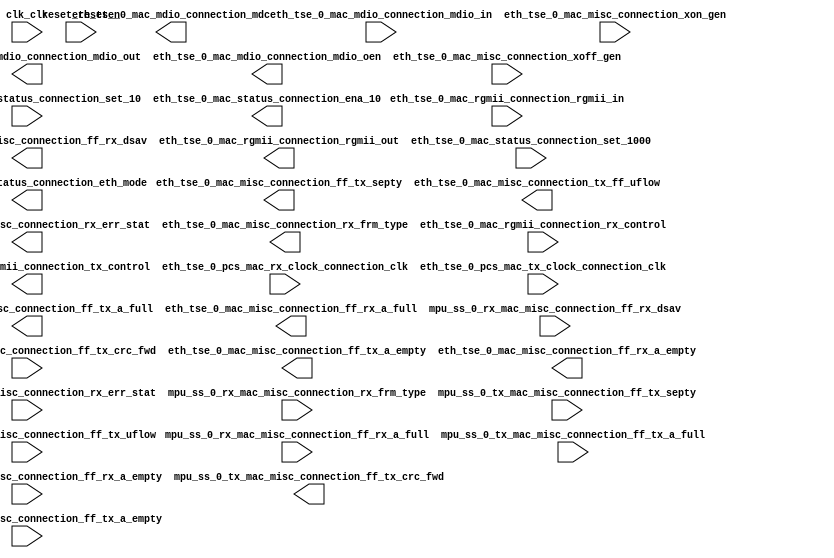
module qsys_top (
	clk_clk,
	eth_tse_0_mac_mdio_connection_mdc,
	eth_tse_0_mac_mdio_connection_mdio_in,
	eth_tse_0_mac_mdio_connection_mdio_out,
	eth_tse_0_mac_mdio_connection_mdio_oen,
	eth_tse_0_mac_misc_connection_xon_gen,
	eth_tse_0_mac_misc_connection_xoff_gen,
	eth_tse_0_mac_misc_connection_ff_tx_crc_fwd,
	eth_tse_0_mac_misc_connection_ff_tx_septy,
	eth_tse_0_mac_misc_connection_tx_ff_uflow,
	eth_tse_0_mac_misc_connection_ff_tx_a_full,
	eth_tse_0_mac_misc_connection_ff_tx_a_empty,
	eth_tse_0_mac_misc_connection_rx_err_stat,
	eth_tse_0_mac_misc_connection_rx_frm_type,
	eth_tse_0_mac_misc_connection_ff_rx_dsav,
	eth_tse_0_mac_misc_connection_ff_rx_a_full,
	eth_tse_0_mac_misc_connection_ff_rx_a_empty,
	eth_tse_0_mac_rgmii_connection_rgmii_in,
	eth_tse_0_mac_rgmii_connection_rgmii_out,
	eth_tse_0_mac_rgmii_connection_rx_control,
	eth_tse_0_mac_rgmii_connection_tx_control,
	eth_tse_0_mac_status_connection_set_10,
	eth_tse_0_mac_status_connection_set_1000,
	eth_tse_0_mac_status_connection_eth_mode,
	eth_tse_0_mac_status_connection_ena_10,
	eth_tse_0_pcs_mac_rx_clock_connection_clk,
	eth_tse_0_pcs_mac_tx_clock_connection_clk,
	mpu_ss_0_rx_mac_misc_connection_ff_rx_dsav,
	mpu_ss_0_rx_mac_misc_connection_ff_rx_a_empty,
	mpu_ss_0_rx_mac_misc_connection_ff_rx_a_full,
	mpu_ss_0_rx_mac_misc_connection_rx_err_stat,
	mpu_ss_0_rx_mac_misc_connection_rx_frm_type,
	mpu_ss_0_tx_mac_misc_connection_ff_tx_crc_fwd,
	mpu_ss_0_tx_mac_misc_connection_ff_tx_septy,
	mpu_ss_0_tx_mac_misc_connection_ff_tx_uflow,
	mpu_ss_0_tx_mac_misc_connection_ff_tx_a_full,
	mpu_ss_0_tx_mac_misc_connection_ff_tx_a_empty,
	reset_reset_n);	

	input		clk_clk;
	output		eth_tse_0_mac_mdio_connection_mdc;
	input		eth_tse_0_mac_mdio_connection_mdio_in;
	output		eth_tse_0_mac_mdio_connection_mdio_out;
	output		eth_tse_0_mac_mdio_connection_mdio_oen;
	input		eth_tse_0_mac_misc_connection_xon_gen;
	input		eth_tse_0_mac_misc_connection_xoff_gen;
	input		eth_tse_0_mac_misc_connection_ff_tx_crc_fwd;
	output		eth_tse_0_mac_misc_connection_ff_tx_septy;
	output		eth_tse_0_mac_misc_connection_tx_ff_uflow;
	output		eth_tse_0_mac_misc_connection_ff_tx_a_full;
	output		eth_tse_0_mac_misc_connection_ff_tx_a_empty;
	output	[17:0]	eth_tse_0_mac_misc_connection_rx_err_stat;
	output	[3:0]	eth_tse_0_mac_misc_connection_rx_frm_type;
	output		eth_tse_0_mac_misc_connection_ff_rx_dsav;
	output		eth_tse_0_mac_misc_connection_ff_rx_a_full;
	output		eth_tse_0_mac_misc_connection_ff_rx_a_empty;
	input	[3:0]	eth_tse_0_mac_rgmii_connection_rgmii_in;
	output	[3:0]	eth_tse_0_mac_rgmii_connection_rgmii_out;
	input		eth_tse_0_mac_rgmii_connection_rx_control;
	output		eth_tse_0_mac_rgmii_connection_tx_control;
	input		eth_tse_0_mac_status_connection_set_10;
	input		eth_tse_0_mac_status_connection_set_1000;
	output		eth_tse_0_mac_status_connection_eth_mode;
	output		eth_tse_0_mac_status_connection_ena_10;
	input		eth_tse_0_pcs_mac_rx_clock_connection_clk;
	input		eth_tse_0_pcs_mac_tx_clock_connection_clk;
	input		mpu_ss_0_rx_mac_misc_connection_ff_rx_dsav;
	input		mpu_ss_0_rx_mac_misc_connection_ff_rx_a_empty;
	input		mpu_ss_0_rx_mac_misc_connection_ff_rx_a_full;
	input	[17:0]	mpu_ss_0_rx_mac_misc_connection_rx_err_stat;
	input	[3:0]	mpu_ss_0_rx_mac_misc_connection_rx_frm_type;
	output		mpu_ss_0_tx_mac_misc_connection_ff_tx_crc_fwd;
	input		mpu_ss_0_tx_mac_misc_connection_ff_tx_septy;
	input		mpu_ss_0_tx_mac_misc_connection_ff_tx_uflow;
	input		mpu_ss_0_tx_mac_misc_connection_ff_tx_a_full;
	input		mpu_ss_0_tx_mac_misc_connection_ff_tx_a_empty;
	input		reset_reset_n;
endmodule